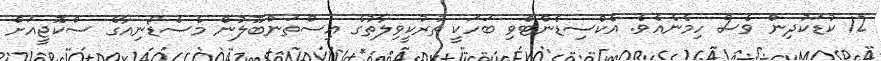
12 ކުޑަކުދިން ވެސް ހިމެނެއެވެ. އެކްސިޑެންޓްވި ބަހަކީ ތުރުކީވިލާތުގެ އިސްތަންބޫލުން މެސެޑޯނިއާގެ ސްކޮޖީއަށް